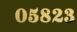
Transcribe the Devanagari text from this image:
०५८२३